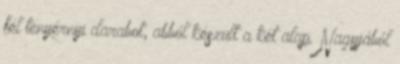
fél tenyérnyi darabot, abból készült a két alap. Nagyjából